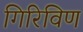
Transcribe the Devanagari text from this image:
गिरिविण